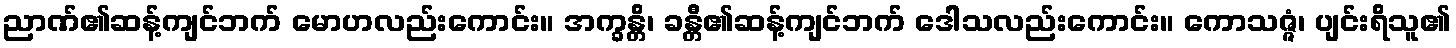
ညာဏ်၏ဆန့်ကျင်ဘက် မောဟလည်းကောင်း။ အက္ခန္တိ၊ ခန္တီ၏ဆန့်ကျင်ဘက် ဒေါသလည်းကောင်း။ ကောသဇ္ဇံ၊ ပျင်းရိသူ၏